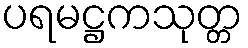
ပရမဋ္ဌကသုတ္တ